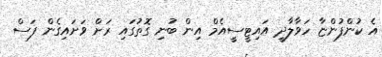
އެ ކުންފުންޏާ ހަވާލާދީ އައިޓީސީއެމް އިން ބުނި ގޮތުގައި ރަށް ވަށައިގެން ފަސް